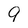
Character: 9